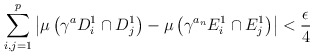
\begin{align*} \sum_{i,j=1}^p \left \vert \mu \left( \gamma^{a} D^1_i \cap D^1_j \right) - \mu \left( \gamma^{a_n} E^1_i \cap E^1_j \right ) \right \vert < \frac{\epsilon}{4} \end{align*}